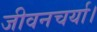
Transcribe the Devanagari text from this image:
जीवनचर्या।